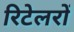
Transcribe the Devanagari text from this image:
रिटेलरों